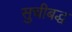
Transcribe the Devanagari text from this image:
सुचीबद्ध